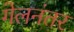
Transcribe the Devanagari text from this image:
गेलनंतर